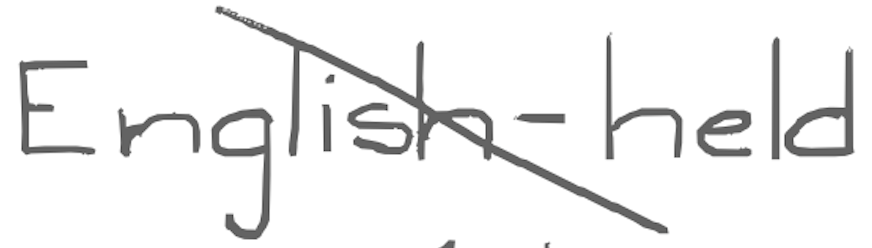
Text: English-held
Cross-out: diagonal
Writing tool: digital_gray